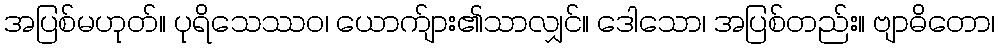
အပြစ်မဟုတ်။ ပုရိသေဿဝ၊ ယောက်ျား၏သာလျှင်။ ဒေါသော၊ အပြစ်တည်း။ ဗျာဓိတော၊